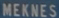
MEKNES